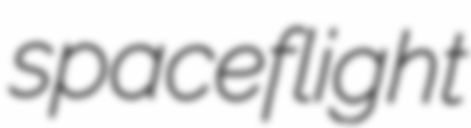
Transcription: spaceflight